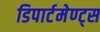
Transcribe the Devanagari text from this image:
डिपार्टमेण्ट्स